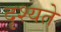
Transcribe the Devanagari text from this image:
दृश्यते